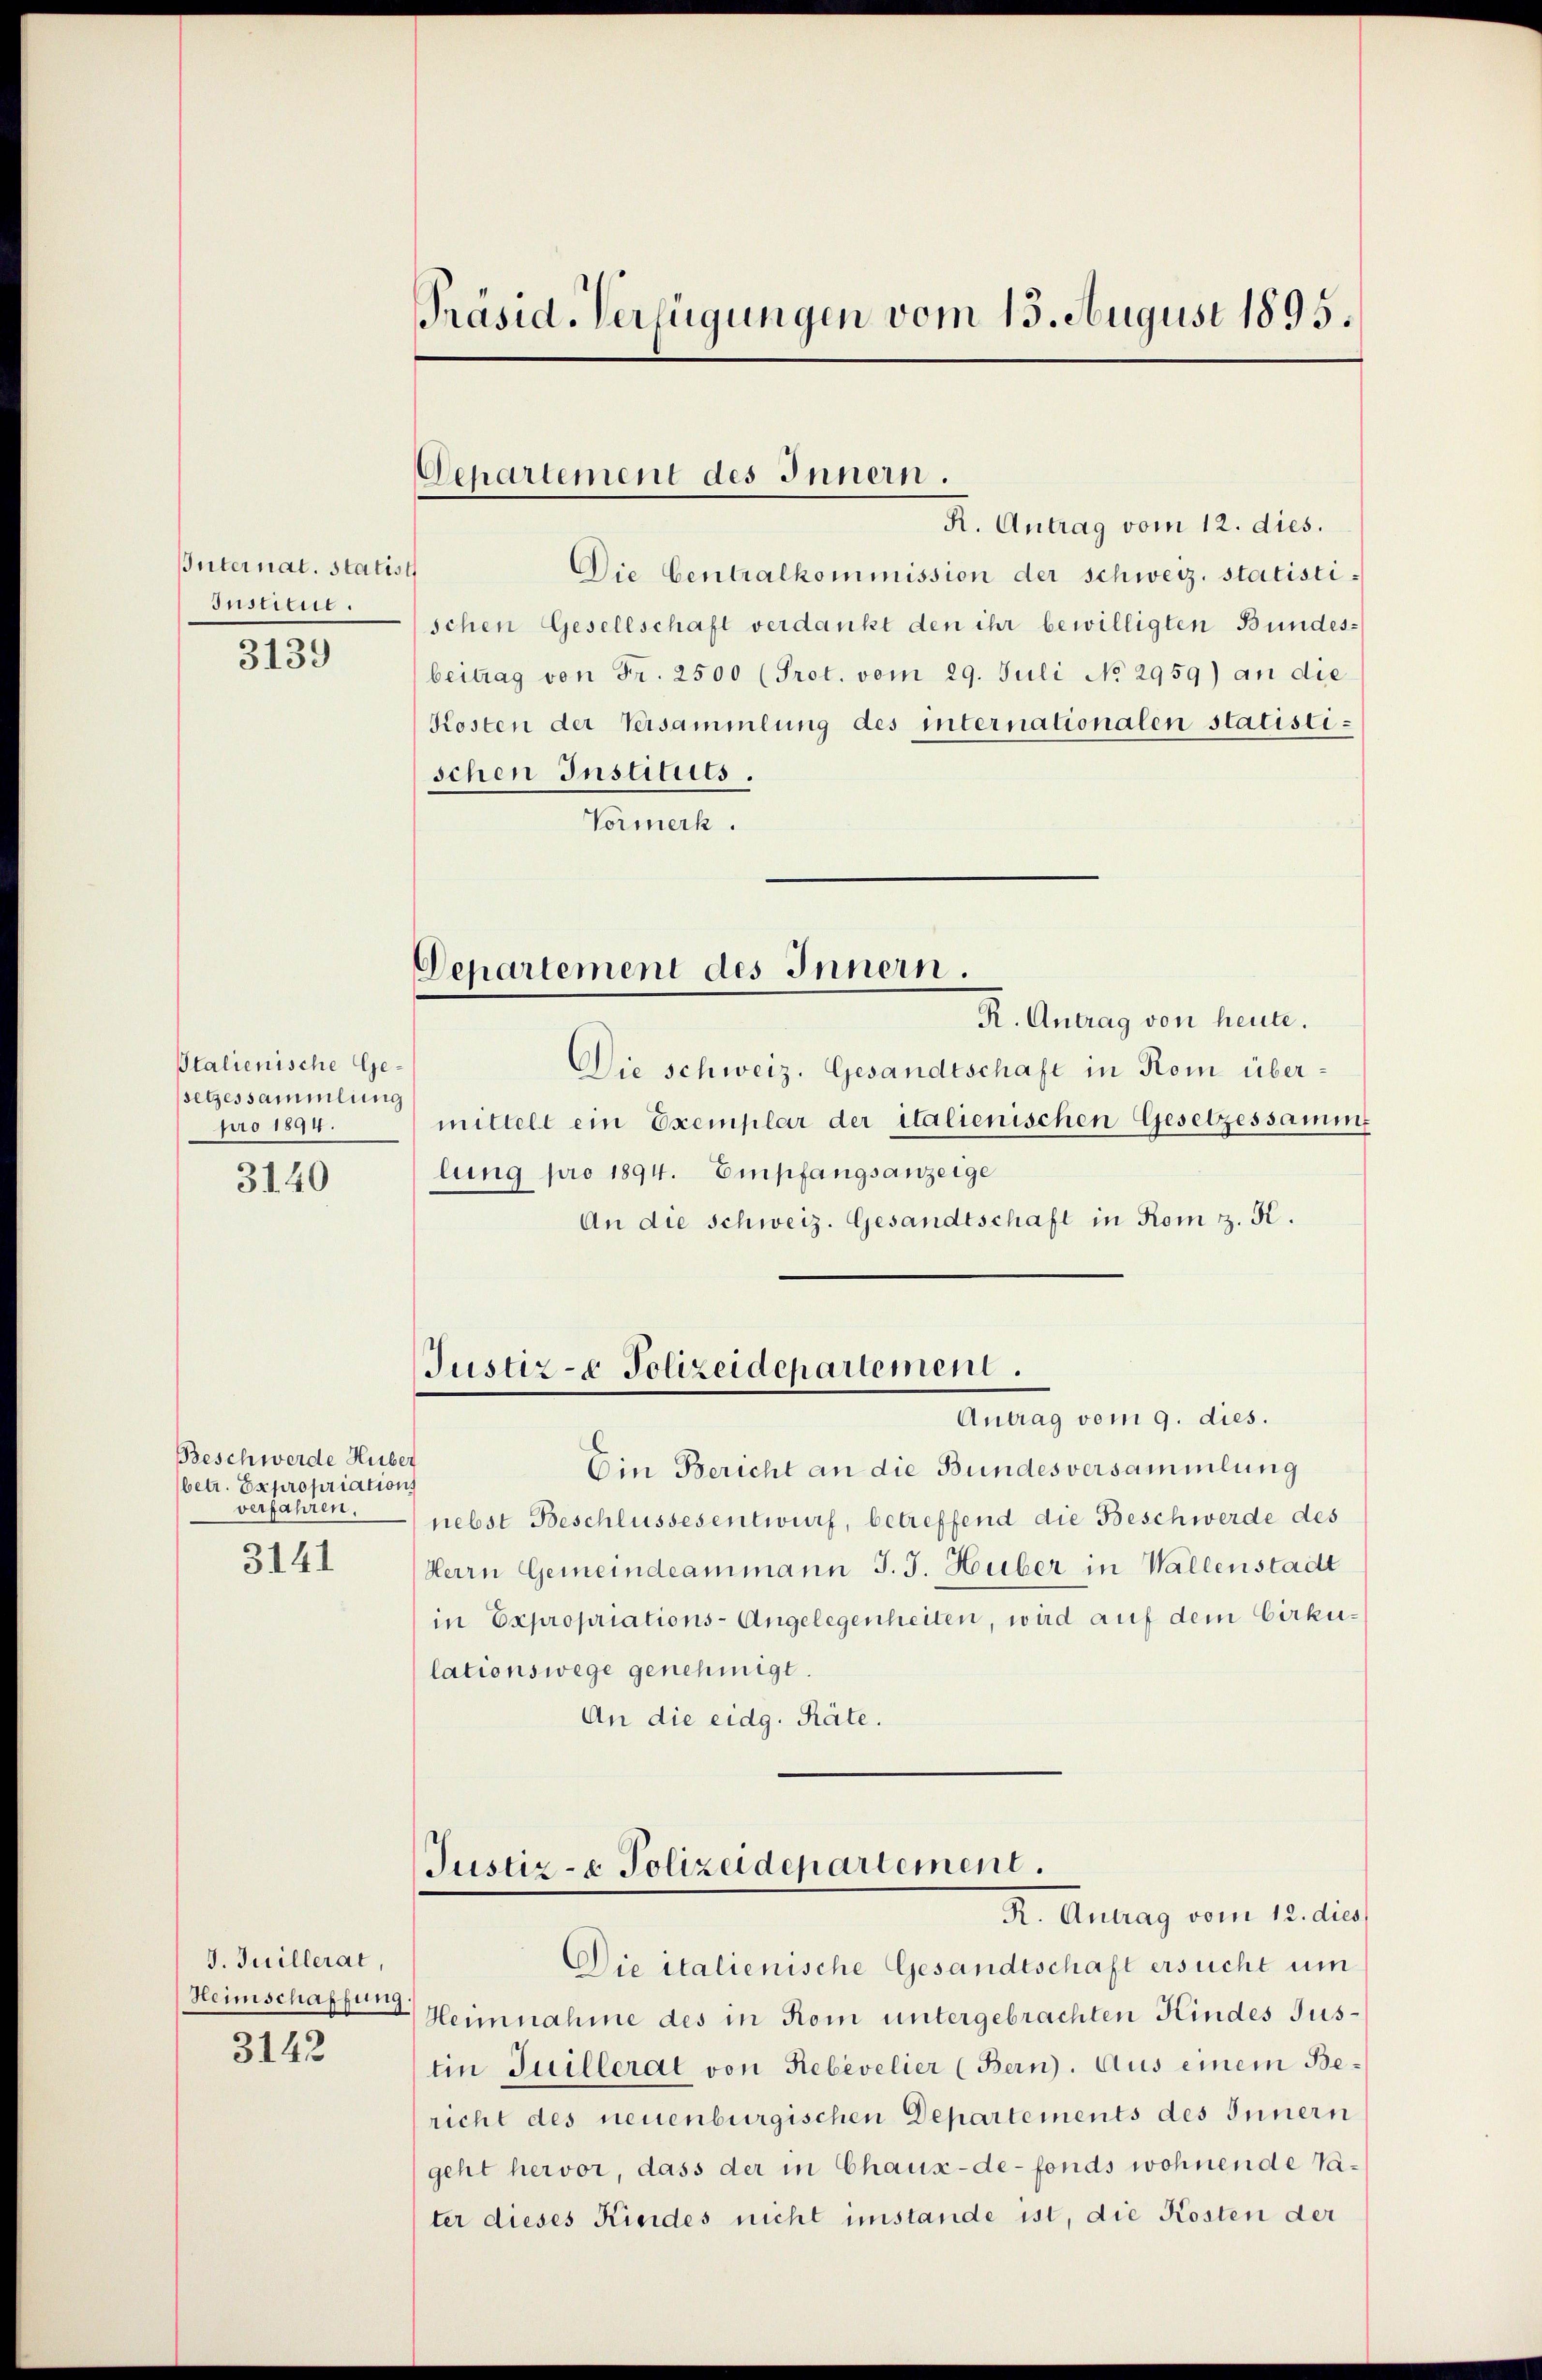
Internat. statist
Institue.

3139

Italienische Gesetzessammlung
pro 1894.

3140

Beschwerde Huber
betr. Expropriation
verfahren,
3141

I. Juillerat,
Heimschaffung
3142

Präsid. Verfügungen vom 13. August 1895.

Departement des Innern.
K. Antrag vom 12. dies.

Departement des Innern

Justiz- & Polizeidepartement.
Antrag vom 9. dies.

Die Centralkommission der schweiz. statisti-
schen Gesellschaft verdankt den ihr bewilligten Bundesbeitrag von Fr. 2500 (Prot. vom 29. Juli No 2959) an die
Kosten der Versammlung des internationalen statistischen Instituts.
Vormerk.

Justiz- & Polizeidepartement.
R. Antrag vom 12. dies

R. Antrag von heute.
Die schweiz. Gesandtschaft in Rom übermittelt ein Exemplar der italienischen Gesetzessammt
lung pro 1894. Empfangsanzeige
An die schweiz. Gesandtschaft in Rom z. K.

Ein Bericht an die Bundesversammlung
nebst Beschlussesentwurf, betreffend die Beschwerde des
Herrn Gemeindeammann J. J. Huber in Wallenstadt
in Expropriations-Angelegenheiten, wird auf dem Cirkulationswege genehmigt.
An die eidg. Räte.

Die italienische Gesandtschaft ersucht um
 Hennnahme des in Rom untergebrachten Kindes Justin Juillerat von Rebevelier (Bern. Aus einem Bericht des neuenburgischen Departements des Innern
geht hervor, dass der in Chaux-de-fonds wohnende Vater dieses Kindes nicht unstande ist, die Kosten der